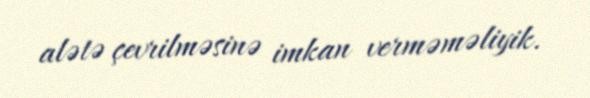
alətə çevrilməsinə imkan verməməliyik.